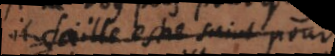
il faille estre saint pour